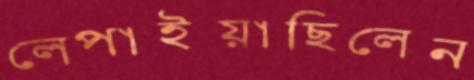
লেপাইয়াছিলেন